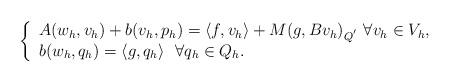
LaTeX: \begin{align*}\left\{\begin{array}{l}A(w_h,v_h)+ b(v_h,p_h)=\langle f,v_h \rangle+M(g,Bv_h)_{Q^{'}}~\forall v_h\in V_h,\\ b(w_h,q_h)=\langle g,q_h \rangle~~\forall q_h\in Q_h.\end{array}\right.\end{align*}